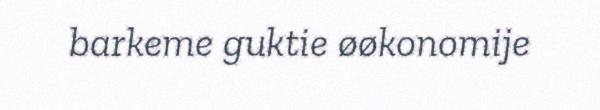
barkeme guktie øøkonomije